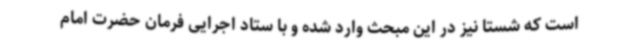
است که شستا نیز در این مبحث وارد شده و با ستاد اجرایی فرمان حضرت امام